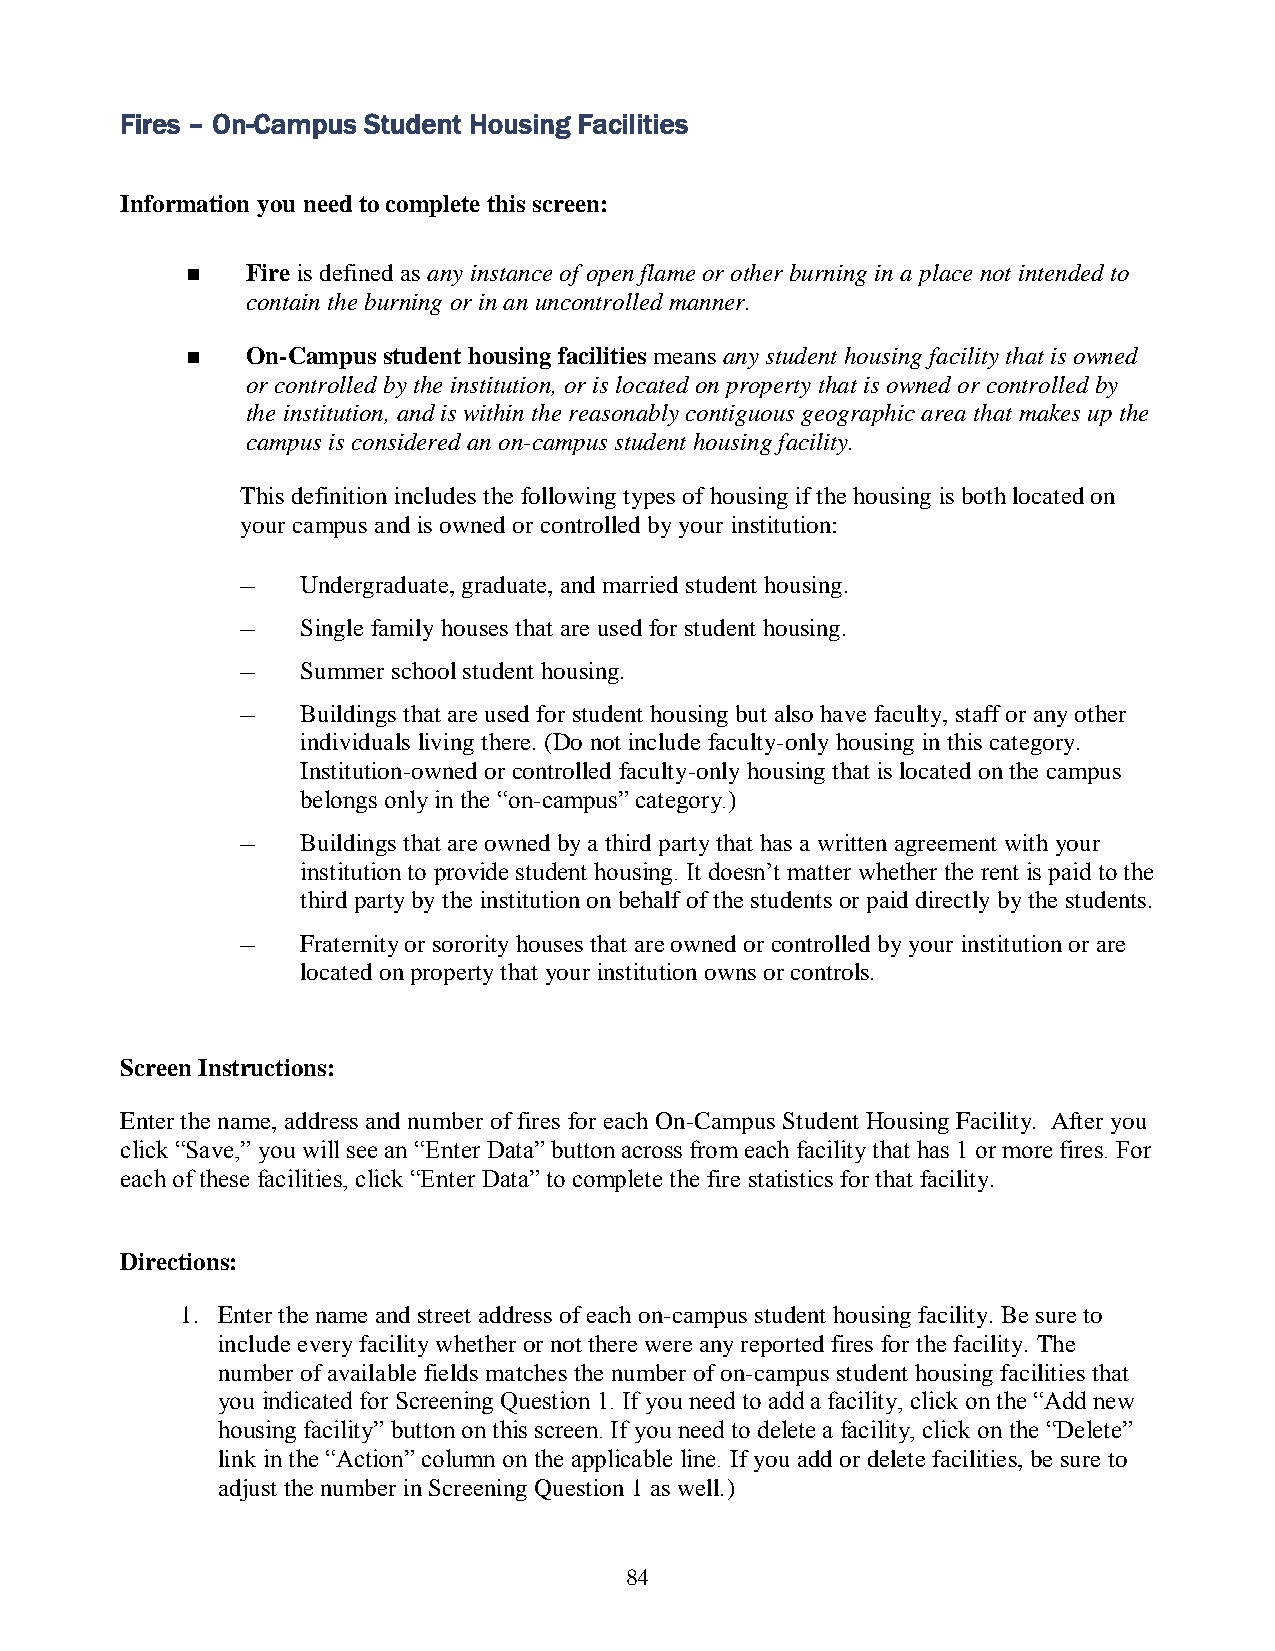
Fires – On-Campus Student Housing Facilities
 Information you need to complete this screen:
    Fire is defined as any instance of open flame or other burning in a place not intended to
 contain the burning or in an uncontrolled manner.
    On-Campus student housing facilities means any student housing facility that is owned
 or controlled by the institution, or is located on property that is owned or controlled by
 the institution, and is within the reasonably contiguous geographic area that makes up the
 campus is considered an on-campus student housing facility.
 This definition includes the following types of housing if the housing is both located on
 your campus and is owned or controlled by your institution:
 –   Undergraduate, graduate, and married student housing.
 –   Single family houses that are used for student housing.
 –   Summer school student housing.
 –   Buildings that are used for student housing but also have faculty, staff or any other
 individuals living there. (Do not include faculty-only housing in this category.
 Institution-owned or controlled faculty-only housing that is located on the campus
 belongs only in the “on-campus” category.)
 –   Buildings that are owned by a third party that has a written agreement with your
 institution to provide student housing. It doesn’t matter whether the rent is paid to the
 third party by the institution on behalf of the students or paid directly by the students.
 –   Fraternity or sorority houses that are owned or controlled by your institution or are
 located on property that your institution owns or controls.
 Screen Instructions:
 Enter the name, address and number of fires for each On-Campus Student Housing Facility. After you
 click “Save,” you will see an “Enter Data” button across from each facility that has 1 or more fires. For
 each of these facilities, click “Enter Data” to complete the fire statistics for that facility.
 Directions:
 1. Enter the name and street address of each on-campus student housing facility. Be sure to
 include every facility whether or not there were any reported fires for the facility. The
 number of available fields matches the number of on-campus student housing facilities that
 you indicated for Screening Question 1. If you need to add a facility, click on the “Add new
 housing facility” button on this screen. If you need to delete a facility, click on the “Delete”
 link in the “Action” column on the applicable line. If you add or delete facilities, be sure to
 adjust the number in Screening Question 1 as well.)
 84